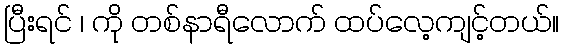
ပြီးရင် ၊ ကို တစ်နာရီလောက် ထပ်လေ့ကျင့်တယ်။